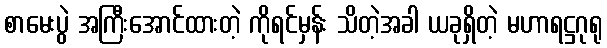
စာမေးပွဲ အကြီးအောင်ထားတဲ့ ကိုရင်မှန်း သိတဲ့အခါ ယခုရှိတဲ့ မဟာရဋ္ဌဂုရု